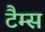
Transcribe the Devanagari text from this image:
टैम्स